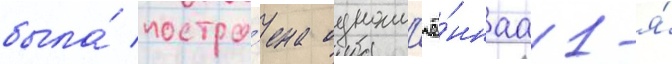
была́ постро́ена одноим'ё́ннаа 1-я́